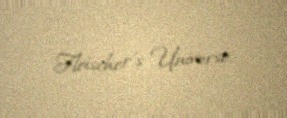
Fleischer's Universe.